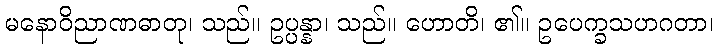
မနောဝိညာဏဓာတု၊ သည်။ ဥပ္ပန္နာ၊ သည်။ ဟောတိ၊ ၏။ ဥပေက္ခသဟဂတာ၊